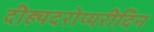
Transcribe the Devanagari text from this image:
दीह्यदरोप्यरीदिन